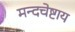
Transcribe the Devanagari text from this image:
मन्दचेष्टाय